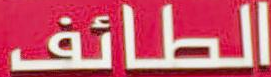
الطائف